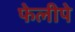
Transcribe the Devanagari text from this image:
फेलीपे